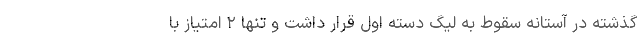
گذشته در آستانه سقوط به لیگ دسته اول قرار داشت و تنها ۲ امتیاز با